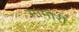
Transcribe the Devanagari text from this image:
सामोरीं